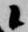
候